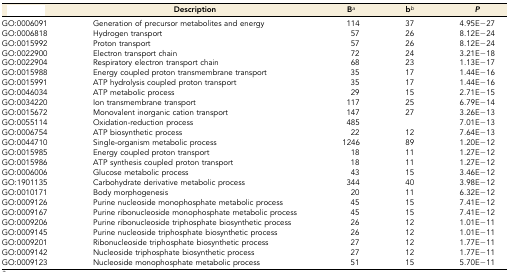
<table><thead><tr><td>[EMPTY_CELL]</td><td><b>Description</b></td><td><b>B<i><sup>a</sup></i></b></td><td><b>b<i><sup>b</sup></i></b></td><td><b><i>P</i></b></td></tr></thead><tbody><tr><td>GO:0006091</td><td>Generation of precursor metabolites and energy</td><td>114</td><td>37</td><td>4.95E−27</td></tr><tr><td>GO:0006818</td><td>Hydrogen transport</td><td>57</td><td>26</td><td>8.12E−24</td></tr><tr><td>GO:0015992</td><td>Proton transport</td><td>57</td><td>26</td><td>8.12E−24</td></tr><tr><td>GO:0022900</td><td>Electron transport chain</td><td>72</td><td>24</td><td>3.21E−18</td></tr><tr><td>GO:0022904</td><td>Respiratory electron transport chain</td><td>68</td><td>23</td><td>1.13E−17</td></tr><tr><td>GO:0015988</td><td>Energy coupled proton transmembrane transport</td><td>35</td><td>17</td><td>1.44E−16</td></tr><tr><td>GO:0015991</td><td>ATP hydrolysis coupled proton transport</td><td>35</td><td>17</td><td>1.44E−16</td></tr><tr><td>GO:0046034</td><td>ATP metabolic process</td><td>29</td><td>15</td><td>2.71E−15</td></tr><tr><td>GO:0034220</td><td>Ion transmembrane transport</td><td>117</td><td>25</td><td>6.79E−14</td></tr><tr><td>GO:0015672</td><td>Monovalent inorganic cation transport</td><td>147</td><td>27</td><td>3.26E−13</td></tr><tr><td>GO:0055114</td><td>Oxidation-reduction process</td><td>485</td><td>[EMPTY_CELL]</td><td>7.01E−13</td></tr><tr><td>GO:0006754</td><td>ATP biosynthetic process</td><td>22</td><td>12</td><td>7.64E−13</td></tr><tr><td>GO:0044710</td><td>Single-organism metabolic process</td><td>1246</td><td>89</td><td>1.20E−12</td></tr><tr><td>GO:0015985</td><td>Energy coupled proton transport</td><td>18</td><td>11</td><td>1.27E−12</td></tr><tr><td>GO:0015986</td><td>ATP synthesis coupled proton transport</td><td>18</td><td>11</td><td>1.27E−12</td></tr><tr><td>GO:0006006</td><td>Glucose metabolic process</td><td>43</td><td>15</td><td>3.46E−12</td></tr><tr><td>GO:1901135</td><td>Carbohydrate derivative metabolic process</td><td>344</td><td>40</td><td>3.98E−12</td></tr><tr><td>GO:0010171</td><td>Body morphogenesis</td><td>20</td><td>11</td><td>6.32E−12</td></tr><tr><td>GO:0009126</td><td>Purine nucleoside monophosphate metabolic process</td><td>45</td><td>15</td><td>7.41E−12</td></tr><tr><td>GO:0009167</td><td>Purine ribonucleoside monophosphate metabolic process</td><td>45</td><td>15</td><td>7.41E−12</td></tr><tr><td>GO:0009206</td><td>Purine ribonucleoside triphosphate biosynthetic process</td><td>26</td><td>12</td><td>1.01E−11</td></tr><tr><td>GO:0009145</td><td>Purine nucleoside triphosphate biosynthetic process</td><td>26</td><td>12</td><td>1.01E−11</td></tr><tr><td>GO:0009201</td><td>Ribonucleoside triphosphate biosynthetic process</td><td>27</td><td>12</td><td>1.77E−11</td></tr><tr><td>GO:0009142</td><td>Nucleoside triphosphate biosynthetic process</td><td>27</td><td>12</td><td>1.77E−11</td></tr><tr><td>GO:0009123</td><td>Nucleoside monophosphate metabolic process</td><td>51</td><td>15</td><td>5.70E−11</td></tr></tbody></table>